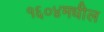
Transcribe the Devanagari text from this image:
१६०४मधील